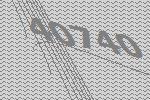
40740